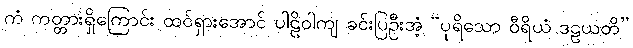
ကံ ကတ္တားရှိကြောင်း ထင်ရှားအောင် ပါဠိဝါကျ ခင်းပြဦးအံ့ “ပုရိသော ဝီရိယံ ဒဠယတိ”